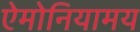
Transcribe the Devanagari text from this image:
ऐमोनियामय